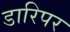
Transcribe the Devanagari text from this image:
डारिपर